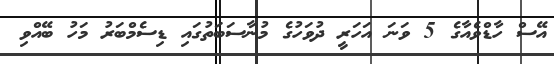
އޭސް ހާޑްވެއާގެ 5 ވަނަ އަހަރީ ދުވަހުގެ މުނާސަބަތުގައި ޑިސެމްބަރު މަހު ބޭއްވި